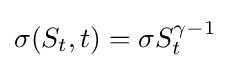
\sigma (S_{t},t)=\sigma S_{t}^{\gamma -1}